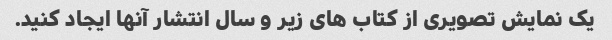
یک نمایش تصویری از کتاب های زیر و سال انتشار آنها ایجاد کنید.